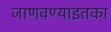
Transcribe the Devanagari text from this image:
जाणवण्याइतका